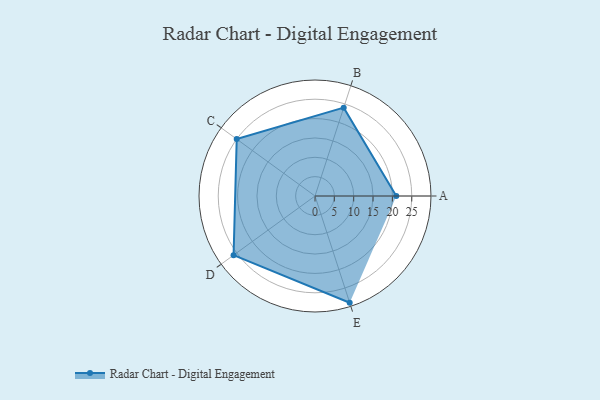
{"axis": {"x": "Skill", "y": "Score"}, "legend": ["Profile"], "data": [{"x": "A", "y": 21.0, "type": "Profile"}, {"x": "B", "y": 24.0, "type": "Profile"}, {"x": "C", "y": 25.0, "type": "Profile"}, {"x": "D", "y": 26.0, "type": "Profile"}, {"x": "E", "y": 29.0, "type": "Profile"}]}